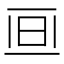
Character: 𣅯